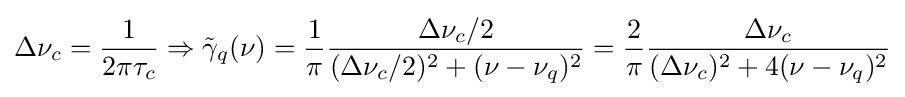
\Delta \nu _{c}={\frac {1}{2\pi \tau _{c}}}\Rightarrow {\tilde {\gamma }}_{q}(\nu )={\frac {1}{\pi }}{\frac {\Delta \nu _{c}/2}{(\Delta \nu _{c}/2)^{2}+(\nu -\nu _{q})^{2}}}={\frac {2}{\pi }}{\frac {\Delta \nu _{c}}{(\Delta \nu _{c})^{2}+4(\nu -\nu _{q})^{2}}}